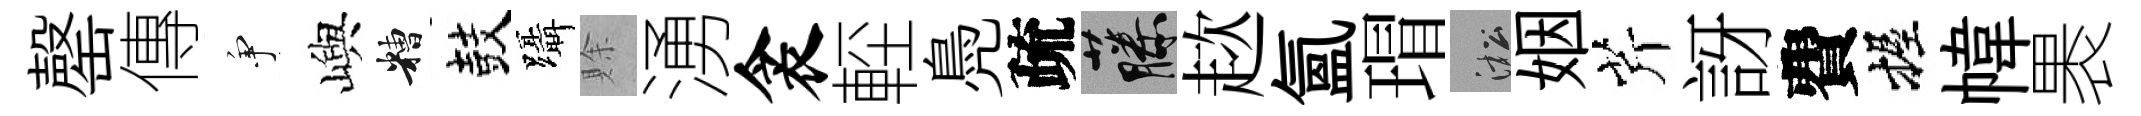
罄傳争嶼糟鼓躡賖湧衾䡖鳧疏藤趑氳瑁淞姻芹訝費握幃褁